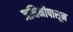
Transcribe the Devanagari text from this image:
जनिनीपासून